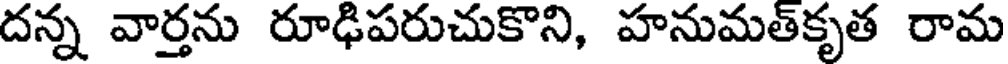
దన్న వార్తను రూఢిపరుచుకొని, హనుమత్కృత రామ